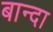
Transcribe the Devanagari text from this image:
बान्दा